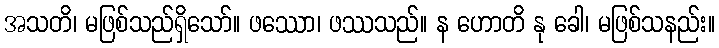
အသတိ၊ မဖြစ်သည်ရှိသော်။ ဖဿော၊ ဖဿသည်။ န ဟောတိ နု ခေါ၊ မဖြစ်သနည်း။